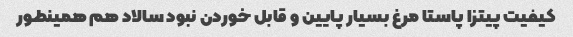
کیفیت پیتزا پاستا مرغ بسیار پایین و قابل خوردن نبود سالاد هم همینطور